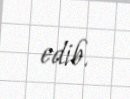
edib.